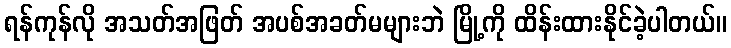
ရန်ကုန်လို အသတ်အဖြတ် အပစ်အခတ်မများဘဲ မြို့ကို ထိန်းထားနိုင်ခဲ့ပါတယ်။